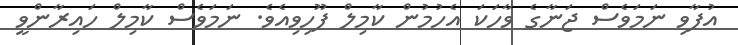
އުފާވި ނަމަވެސް ޖަނާގެ ވާހަކަ އެހުމުން ކާމިލް ފޫހިވިއެވެ. ނަމަވެސް ކާމިލް ހައިރާންވީ